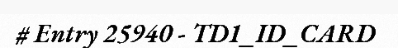
# Entry 25940 - TD1_ID_CARD